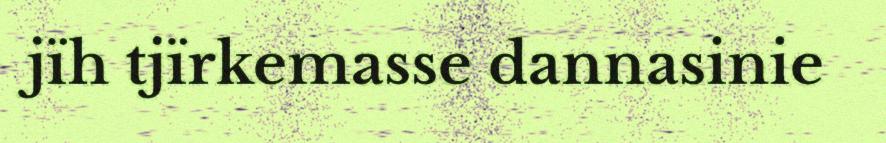
jïh tjïrkemasse dannasinie